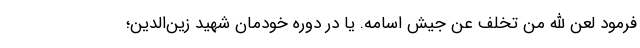
فرمود لعن الله من تخلف عن جیش اسامه. یا در دوره خودمان شهید زین‌الدین؛